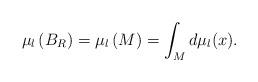
LaTeX: \begin{align*}\mu_l \left( B_{R} \right) =\mu _l \left( M\right) = \int_M d\mu _l (x) . \end{align*}